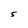
Character: S